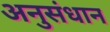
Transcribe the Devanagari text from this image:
अनुसंधान